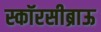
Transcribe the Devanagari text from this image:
स्कॉरसीब्राऊ